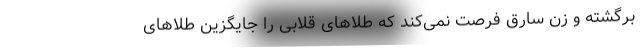
برگشته و زن سارق فرصت نمی‌کند که طلا‌های قلابی را جایگزین طلا‌های